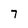
Character: 7